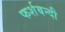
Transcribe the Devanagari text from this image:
फर्शबन्दी